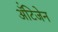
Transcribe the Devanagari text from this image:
ॲंटिजेन